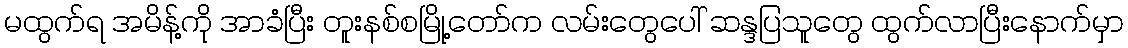
မထွက်ရ အမိန့်ကို အာခံပြီး တူးနစ်စမြို့တော်က လမ်းတွေပေါ် ဆန္ဒပြသူတွေ ထွက်လာပြီးနောက်မှာ